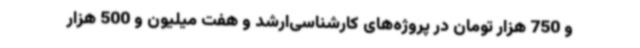
و 750 هزار تومان در پروژه‌های کارشناسی‌ارشد و هفت میلیون و 500 هزار